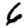
Digit: 6